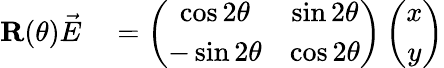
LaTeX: \begin{array}{rl}{\textbf{R}(\theta)\vec{E}}&{{}=\left(\begin{array}{cc}{\cos 2\theta}&{\sin 2\theta}\\ {-\sin 2\theta}&{\cos 2\theta}\end{array}\right)\left(\begin{array}{cc}{x}\\ {y}\end{array}\right)}\end{array}